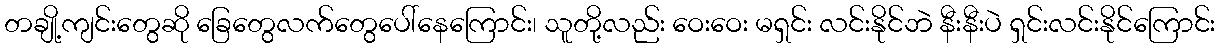
တချို့ကျင်းတွေဆို ခြေတွေလက်တွေပေါ်နေကြောင်း၊ သူတို့လည်း ဝေးဝေး မရှင်း လင်းနိုင်ဘဲ နီးနီးပဲ ရှင်းလင်းနိုင်ကြောင်း